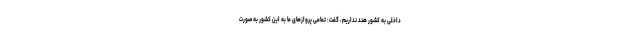
داخلی به کشور هند نداریم، گفت: تمامی پروازها‌ی ما به این کشور به صورت